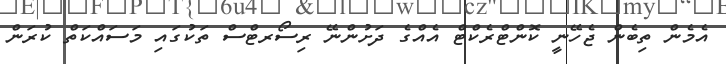
އެމެން ތިބެން ޖެހޭނީ ކޮންޓްރެކްޓް އެއްގެ ދަށުންނޭ ރިސޯރޓްސް ތަކުގައި މަސައްކަތް ކުރަން